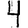
Digit: 4